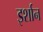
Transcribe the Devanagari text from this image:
इर्शान